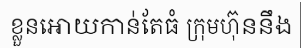
ខ្លួនអោយកាន់តែធំ ក្រុមហ៊ុននឹង